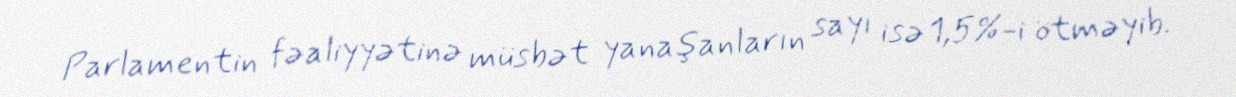
Parlamentin fəaliyyətinə müsbət yanaşanların sayı isə 1,5%-i ötməyib.